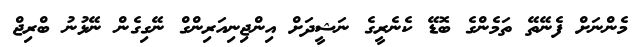
މެންނަށް ފެނޭތޭ ތަމެންގެ ބޮޑޭ ކެނެރީގެ ނަޝީދަށް އިންޖިނިއަރިންގް ނޭގިގެން ނޭޅުނު ބްރިޖް